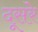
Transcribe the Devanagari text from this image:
दूसरेे